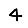
Digit: 4